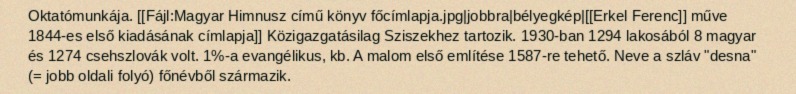
Oktatómunkája. [[Fájl:Magyar Himnusz című könyv főcímlapja.jpg|jobbra|bélyegkép|[[Erkel Ferenc]] műve 1844-es első kiadásának címlapja]] Közigazgatásilag Sziszekhez tartozik. 1930-ban 1294 lakosából 8 magyar és 1274 csehszlovák volt. 1%-a evangélikus, kb. A malom első említése 1587-re tehető. Neve a szláv "desna" (= jobb oldali folyó) főnévből származik.